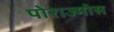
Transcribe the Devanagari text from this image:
पोराज्मोस